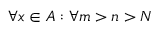
\forall x \in A : \forall m > n > N